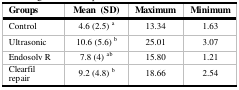
<table><thead><tr><td><b>Groups</b></td><td><b>Mean (SD)</b></td><td><b>Maximum</b></td><td><b>Minimum</b></td></tr></thead><tbody><tr><td>Control</td><td>4.6 (2.5) <sup>a</sup></td><td>13.34</td><td>1.63</td></tr><tr><td>Ultrasonic</td><td>10.6 (5.6) <sup>b</sup></td><td>25.01</td><td>3.07</td></tr><tr><td>Endosolv R</td><td>7.8 (4) <sup>ab</sup></td><td>15.80</td><td>1.21</td></tr><tr><td>Clearfil repair</td><td>9.2 (4.8) <sup>b</sup></td><td>18.66</td><td>2.54</td></tr></tbody></table>